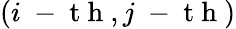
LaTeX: (i\mathrm{~-~t~h~},j\mathrm{~-~t~h~})